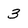
Character: 3